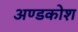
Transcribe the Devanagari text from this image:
अण्डकोश